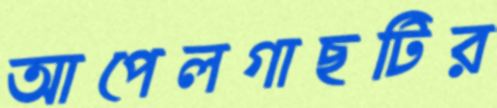
আপেলগাছটির